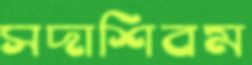
সদাশিবম